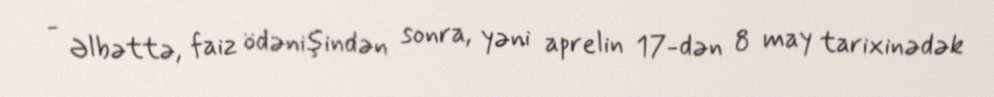
- Əlbəttə, faiz ödənişindən sonra, yəni aprelin 17-dən 8 may tarixinədək